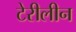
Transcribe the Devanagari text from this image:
टेरीलीन